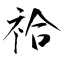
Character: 祫